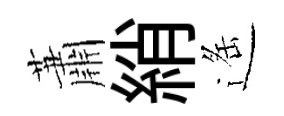
蕭綃遥